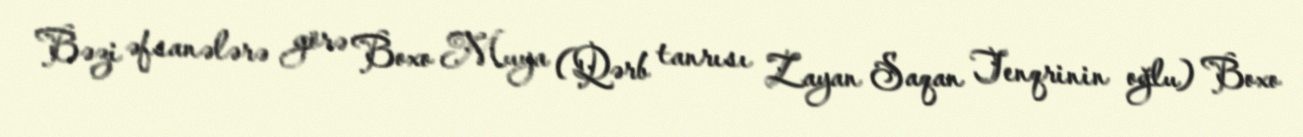
Bəzi əfsanələrə görə Boxo Muya (Qərb tanrısı Zayan Saqan Tenqrinin oğlu) Boxo